Indian journal of veterinary science and animal husbandry - Volume 2,
Year: 1932
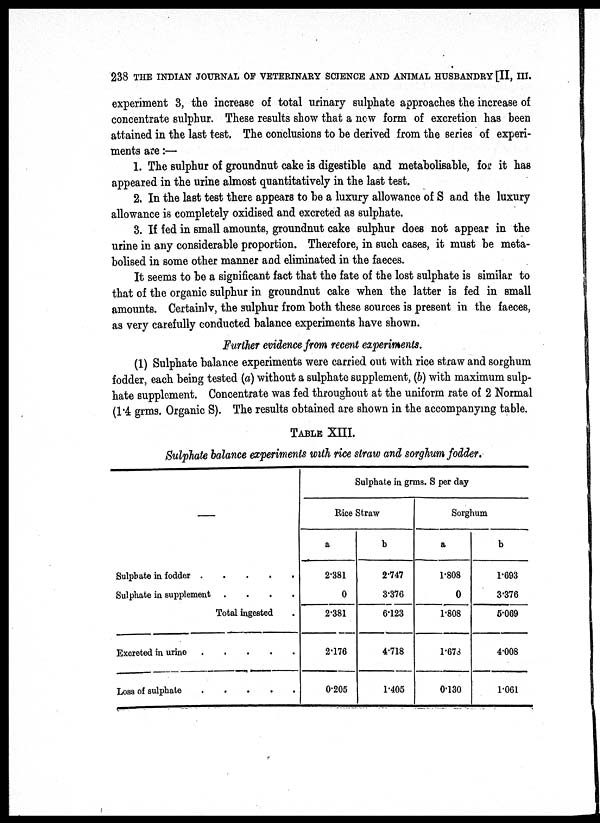
238 THE INDIAN JOURNAL OF VETERINARY SCIENCE AND ANIMAL HUSBANDRY [II, III.
experiment 3, the increase of total urinary sulphate approaches the increase of
concentrate sulphur. These results show that a new form of excretion has been
attained in the last test. The conclusions to be derived from the series of experi-
ments are :—
1. The sulphur of groundnut cake is digestible and metabolisable, for it has
appeared in the urine almost quantitatively in the last test.
2. In the last test there appears to be a luxury allowance of S and the luxury
allowance is completely oxidised and excreted as sulphate.
3. If fed in small amounts, groundnut cake sulphur does not appear in the
urine in any considerable proportion. Therefore, in such cases, it must be meta-
bolised in some other manner and eliminated in the faeces.
It seems to be a significant fact that the fate of the lost sulphate is similar to
that of the organic sulphur in groundnut cake when the latter is fed in small
amounts. Certainly, the sulphur from both these sources is present in the faeces,
as very carefully conducted balance experiments have shown.
Further evidence from recent experiments.
(1) Sulphate balance experiments were carried out with rice straw and sorghum
fodder, each being tested (a) without a sulphate supplement, (b) with maximum sulp-
hate supplement. Concentrate was fed throughout at the uniform rate of 2 Normal
(1.4 grms. Organic S). The results obtained are shown in the accompanying table.
TABLE XIII.
Sulphate balance experiments with rice straw and sorghum fodder.
—
Sulphate in fodder
Sulphate in supplement .
.
.
.
Total ingested .
Excreted in urine
Loss of sulphate
Sulphate in grms. S per day
Rice Straw
a
2.381
0
2.381
2.176
0.205
b
2.747
3.376
6.123
4.718
1.405
Sorghum
a
1.808
0
1.808
1.678
0.130
b
1.693
3.376
5.069
4.008
1.061